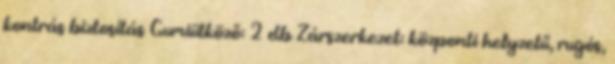
kontrás biztosítás Gumiütköző: 2 db Zárszerkezet: központi helyzetű, rugós,